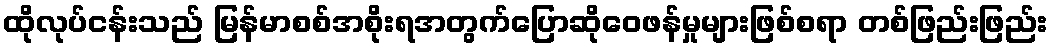
ထိုလုပ်ငန်းသည် မြန်မာစစ်အစိုးရအတွက်ပြောဆိုဝေဖန်မှုများဖြစ်စရာ တစ်ဖြည်းဖြည်း